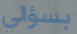
بسؤالي